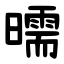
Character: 曘